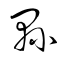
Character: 縣